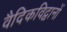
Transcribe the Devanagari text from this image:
वैदिकविद्वानों